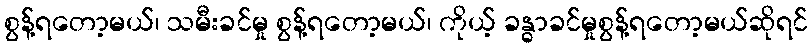
စွန့်ရတော့မယ်၊ သမီးခင်မှု စွန့်ရတော့မယ်၊ ကိုယ့် ခန္ဓာခင်မှုစွန့်ရတော့မယ်ဆိုရင်